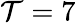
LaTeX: \mathcal{T}=7